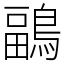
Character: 鶝